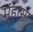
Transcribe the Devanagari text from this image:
मुंहासा